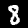
Digit: 8